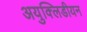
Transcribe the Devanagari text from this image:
अयुक्लिडीयन